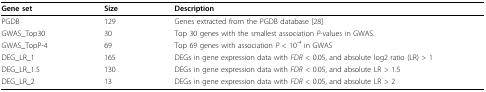
<table><thead><tr><td><b>Gene set</b></td><td><b>Size</b></td><td><b>Description</b></td></tr></thead><tbody><tr><td>PGDB</td><td>129</td><td>Genes extracted from the PGDB database [28]</td></tr><tr><td>GWAS_Top30</td><td>30</td><td>Top 30 genes with the smallest association <i>P</i>-values in GWAS.</td></tr><tr><td>GWAS_TopP-4</td><td>69</td><td>Top 69 genes with association <i>P </i>&lt; 10<sup>-4 </sup>in GWAS</td></tr><tr><td>DEG_LR_1</td><td>165</td><td>DEGs in gene expression data with <i>FDR </i>&lt; 0.05, and absolute log2 ratio (LR) &gt; 1</td></tr><tr><td>DEG_LR_1.5</td><td>130</td><td>DEGs in gene expression data with <i>FDR </i>&lt; 0.05, and absolute LR &gt; 1.5</td></tr><tr><td>DEG_LR_2</td><td>13</td><td>DEGs in gene expression data with <i>FDR </i>&lt; 0.05, and absolute LR &gt; 2</td></tr></tbody></table>